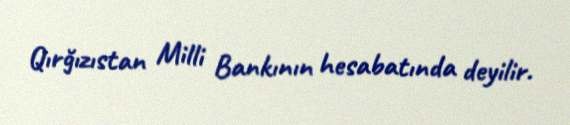
Qırğızıstan Milli Bankının hesabatında deyilir.